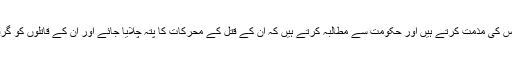
جس طریقے سے انہیں شہید کیا گیا، ہم اس کی مذمت کرتے ہیں اور حکومت سے مطالبہ کرتے ہیں کہ ان کے قتل کے محرکات کا پتہ چلایا جائے اور ان کے قاتلوں کو گرفتار کر کے عوام کے سامنے لایا جائے۔